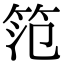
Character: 笵